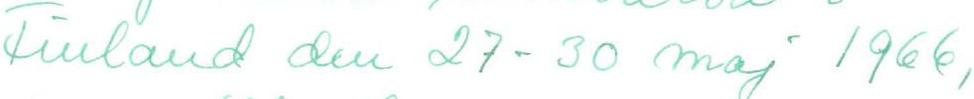
Finland den 27-30 maj 1966,